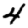
Digit: 4